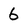
Character: 6